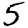
Digit: 5